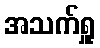
အသက်ရှူ